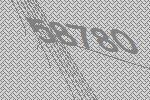
58780